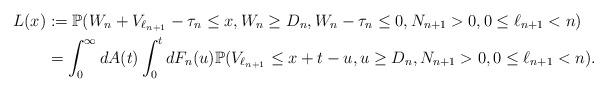
LaTeX: \begin{align*}L(x) &:= \mathbb{P}(W_n + V_{\ell_{n+1}} - \tau_n \leq x, W_n \geq D_n, W_n - \tau_n \leq 0,N_{n+1} >0,0 \leq \ell_{n+1} < n)\\ & = \int_{0}^{\infty} dA(t) \int_{0}^{t} dF_n(u)\mathbb{P}(V_{\ell_{n+1}} \leq x+t-u, u \geq D_n,N_{n+1} >0,0 \leq \ell_{n+1} < n).\end{align*}